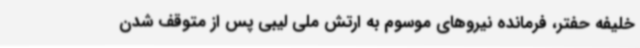
خلیفه حفتر، فرمانده نیروهای موسوم به ارتش ملی لیبی پس از متوقف شدن